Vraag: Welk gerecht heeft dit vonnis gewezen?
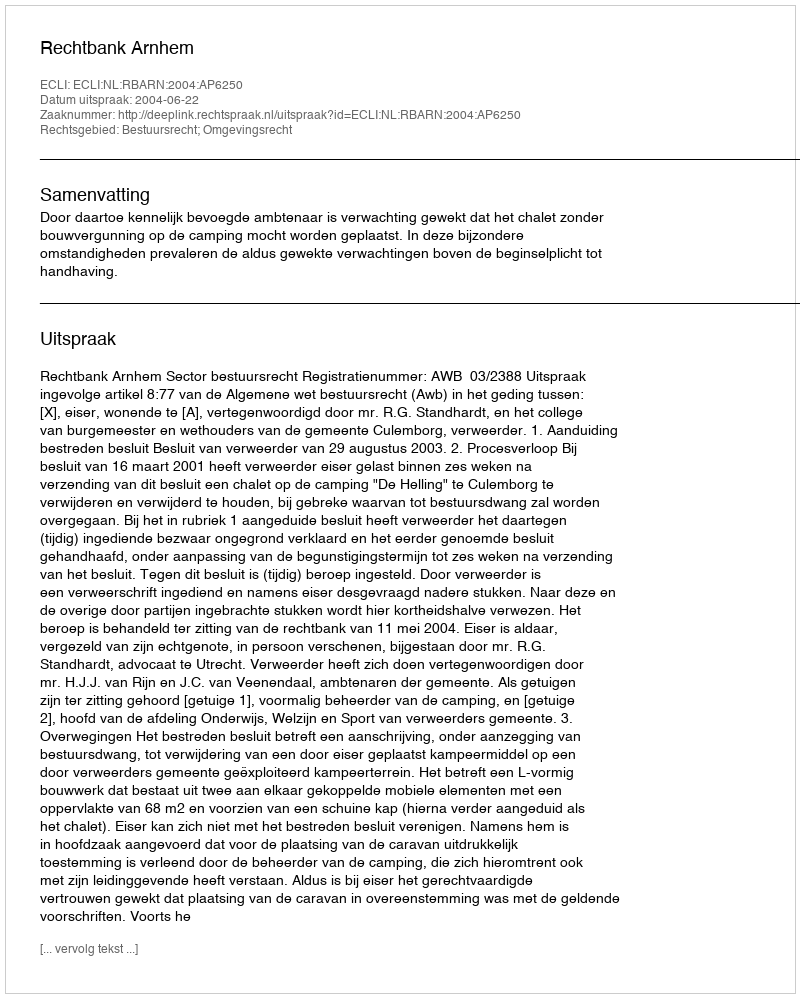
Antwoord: Rechtbank Arnhem